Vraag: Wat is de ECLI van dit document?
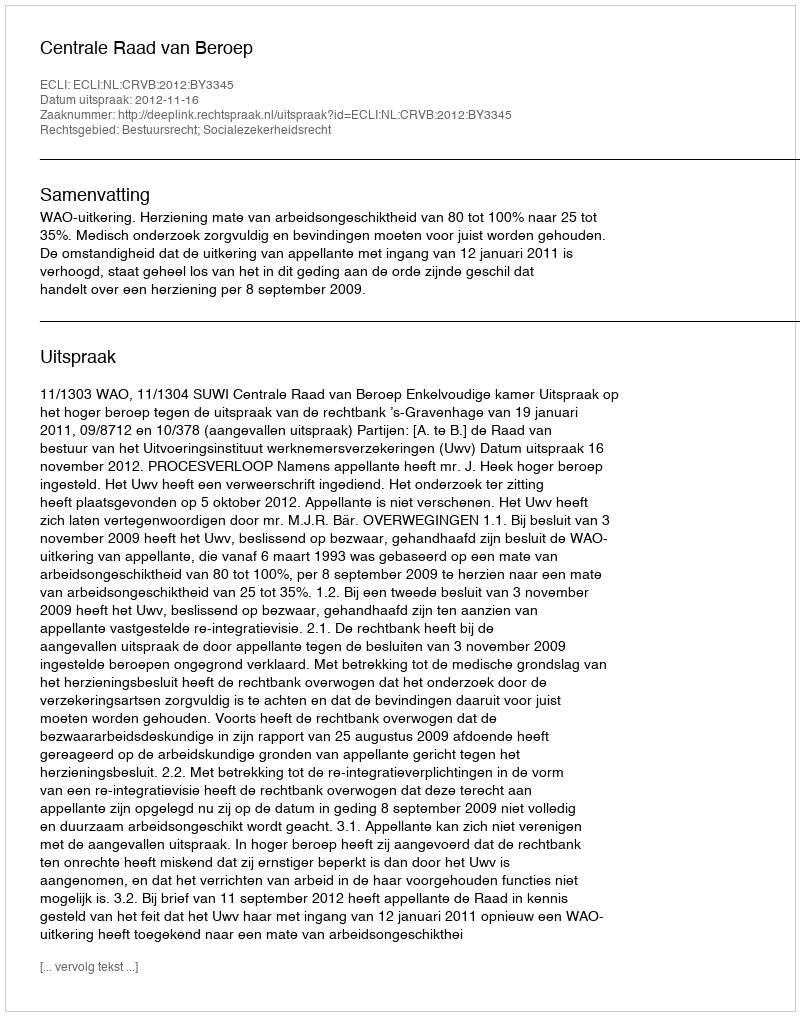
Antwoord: ECLI:NL:CRVB:2012:BY3345